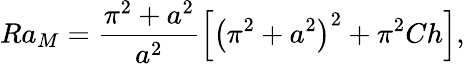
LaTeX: Ra_{M}=\frac{\pi^{2}+a^{2}}{a^{2}}\left[\left(\pi^{2}+a^{2}\right)^{2}+\pi^{2}Ch\right],